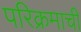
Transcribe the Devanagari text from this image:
परिक्रमाची